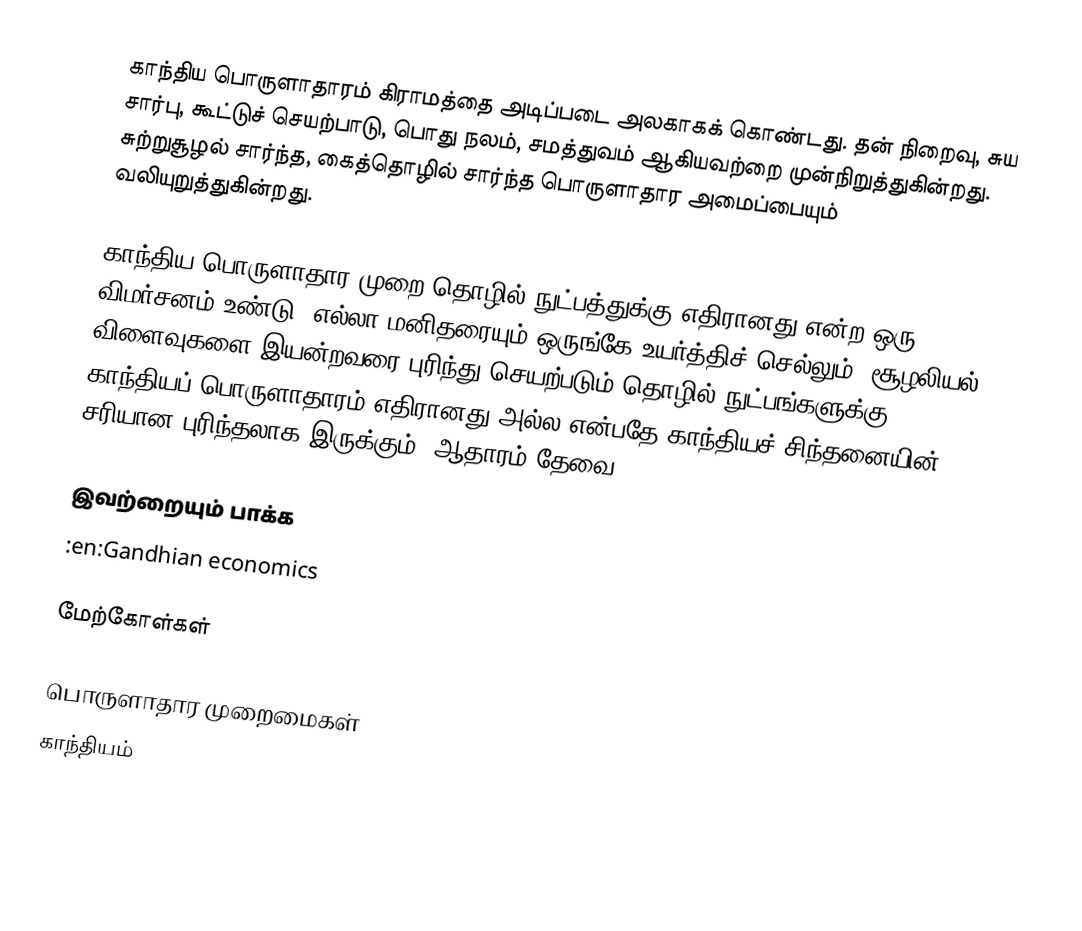
காந்திய பொருளாதாரம் கிராமத்தை அடிப்படை அலகாகக் கொண்டது. தன் நிறைவு, சுய சார்பு, கூட்டுச் செயற்பாடு, பொது நலம், சமத்துவம் ஆகியவற்றை முன்நிறுத்துகின்றது. சுற்றுசூழல் சார்ந்த, கைத்தொழில் சார்ந்த பொருளாதார அமைப்பையும் வலியுறுத்துகின்றது.

காந்திய பொருளாதார முறை தொழில் நுட்பத்துக்கு எதிரானது என்ற ஒரு விமர்சனம் உண்டு.  எல்லா மனிதரையும் ஒருங்கே உயர்த்திச் செல்லும், சூழலியல் விளைவுகளை இயன்றவரை புரிந்து செயற்படும் தொழில் நுட்பங்களுக்கு காந்தியப் பொருளாதாரம் எதிரானது அல்ல என்பதே காந்தியச் சிந்தனையின் சரியான புரிந்தலாக இருக்கும் (ஆதாரம் தேவை).

இவற்றையும் பாக்க
 :en:Gandhian economics

மேற்கோள்கள்

பொருளாதார முறைமைகள்
காந்தியம்